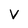
Character: v